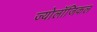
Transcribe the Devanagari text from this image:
ज्योलॉजिकल